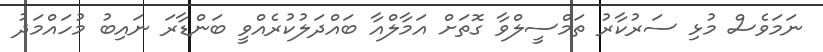
ނަމަވެސް މުޅި ސަރުކާރު ތަމްސީލްވާ ގޮތަށް އަމާލްއާ ބައްދަލުކުރެއްވީ ބަންޑާރަ ނައިބު މުހައްމަދު